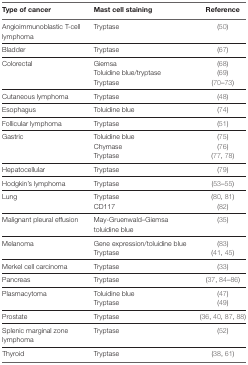
<table><thead><tr><td><b>Type of cancer</b></td><td><b>Mast cell staining</b></td><td><b>Reference</b></td></tr></thead><tbody><tr><td>Angioimmunoblastic T-cell lymphoma</td><td>Tryptase</td><td>(50)</td></tr><tr><td>Bladder</td><td>Tryptase</td><td>(67)</td></tr><tr><td rowspan="3">Colorectal</td><td>Giemsa</td><td>(68)</td></tr><tr><td>Toluidine blue/tryptase</td><td>(69)</td></tr><tr><td>Tryptase</td><td>(70–73)</td></tr><tr><td>Cutaneous lymphoma</td><td>Tryptase</td><td>(48)</td></tr><tr><td>Esophagus</td><td>Toluidine blue</td><td>(74)</td></tr><tr><td>Follicular lymphoma</td><td>Tryptase</td><td>(51)</td></tr><tr><td rowspan="3">Gastric</td><td>Toluidine blue</td><td>(75)</td></tr><tr><td>Chymase</td><td>(76)</td></tr><tr><td>Tryptase</td><td>(77, 78)</td></tr><tr><td>Hepatocellular</td><td>Tryptase</td><td>(79)</td></tr><tr><td>Hodgkin’s lymphoma</td><td>Tryptase</td><td>(53–55)</td></tr><tr><td rowspan="2">Lung</td><td>Tryptase</td><td>(80, 81)</td></tr><tr><td>CD117</td><td>(82)</td></tr><tr><td>Malignant pleural effusion</td><td>May-Gruenwald–Giemsa toluidine blue</td><td>(35)</td></tr><tr><td rowspan="2">Melanoma</td><td>Gene expression/toluidine blue</td><td>(83)</td></tr><tr><td>Tryptase</td><td>(41, 45)</td></tr><tr><td>Merkel cell carcinoma</td><td>Tryptase</td><td>(33)</td></tr><tr><td>Pancreas</td><td>Tryptase</td><td>(37, 84–86)</td></tr><tr><td rowspan="2">Plasmacytoma</td><td>Toluidine blue</td><td>(47)</td></tr><tr><td>Tryptase</td><td>(49)</td></tr><tr><td>Prostate</td><td>Tryptase</td><td>(36, 40, 87, 88)</td></tr><tr><td>Splenic marginal zone lymphoma</td><td>Tryptase</td><td>(52)</td></tr><tr><td>Thyroid</td><td>Tryptase</td><td>(38, 61)</td></tr></tbody></table>